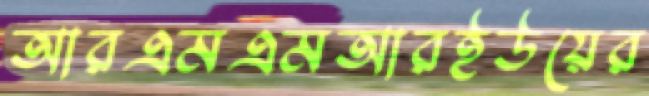
আরএমএমআরইউয়ের